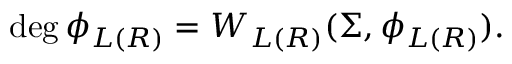
\deg \phi _ { L ( R ) } = W _ { L ( R ) } ( \Sigma , \phi _ { L ( R ) } ) .